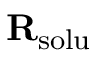
\mathbf { R } _ { \mathrm { s o l u } }